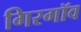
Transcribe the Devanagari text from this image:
गिरगॉव